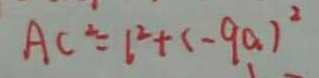
A C ^ { 2 } = b ^ { 2 } + ( - 9 a ) ^ { 2 }